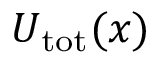
U _ { \mathrm { t o t } } ( x )